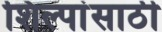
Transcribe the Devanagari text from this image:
शिल्पांसाठी